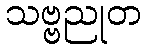
သဗ္ဗညုတ